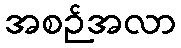
အစဉ်အလာ